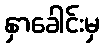
နှာခေါင်းမှ